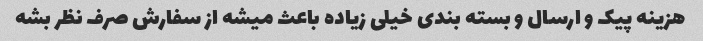
هزینه پیک و ارسال و بسته بندی خیلی زیاده باعث میشه از سفارش صرف نظر بشه